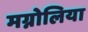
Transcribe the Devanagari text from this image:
मग्नोलिया